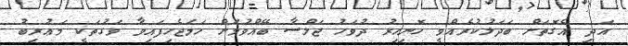
އަދި އެގޮތަށް ބަދަލުކުރެއްވީ ހޮނިހިރު ދުވަހު ޖަލްސާ ބޭއްވުމަށް ހަމަޖެހިފައިވާ ވަގުތަކީ މަޢުރިބު